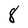
Character: 8